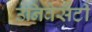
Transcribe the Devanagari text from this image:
उनिवेर्सैटी